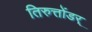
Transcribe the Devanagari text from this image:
तिरुत्तोंडर्